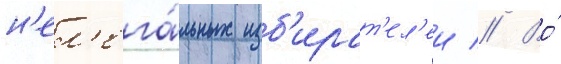
н'ел'ега́льных изб'ират'ел'еи // Во́